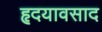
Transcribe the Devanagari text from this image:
हृदयावसाद